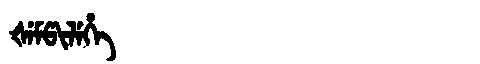
Manchu: ᡧᡝᠮᡦᡳᠯᡝᡥᡝ
Romanization: ŠEMPILEHE